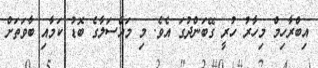
އިބްރާހިމް މިހާރު ހުރީ ގޭބަންދުގަ އެވެ. މި މައްސަލާގެ ބޮޑު ކަމާއި ބާވަތަށް